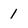
Character: 1